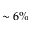
\sim 6 \%